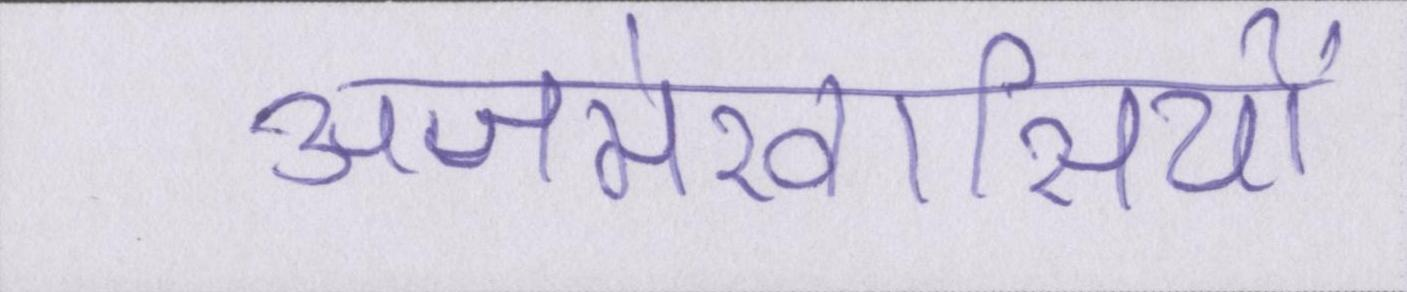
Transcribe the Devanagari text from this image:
अजमेरवासियों